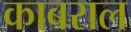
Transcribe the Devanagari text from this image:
काबराल